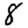
Digit: 8